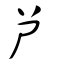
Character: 歺